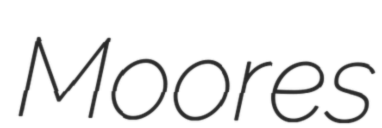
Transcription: Moores